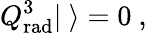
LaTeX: Q_{\mathrm{rad}}^{3}|\ \rangle=0\ ,